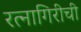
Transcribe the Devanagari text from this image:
रत्‍नागिरीची